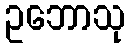
ဥဘောသု